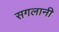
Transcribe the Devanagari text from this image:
सगलानी